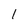
Character: 1